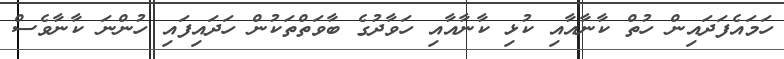
ހަމައެފަދައިން ހުތް ކާނާއާއި ކުޅި ކާނާއާއި ހަވާދުގެ ބާވަތްތަކުން ހަދައިފައި ހުންނަ ކާނާވެސް